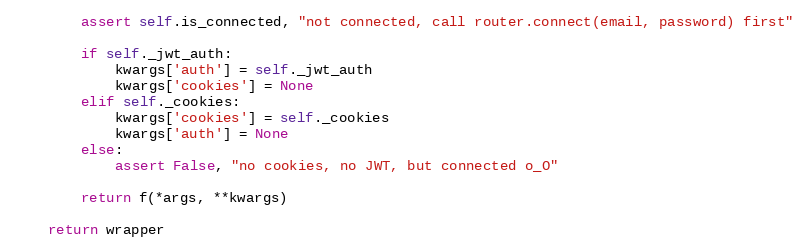
Language: Python
        assert self.is_connected, "not connected, call router.connect(email, password) first"

        if self._jwt_auth:
            kwargs['auth'] = self._jwt_auth
            kwargs['cookies'] = None
        elif self._cookies:
            kwargs['cookies'] = self._cookies
            kwargs['auth'] = None
        else:
            assert False, "no cookies, no JWT, but connected o_O"

        return f(*args, **kwargs)

    return wrapper